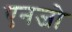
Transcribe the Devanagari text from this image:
एनजो